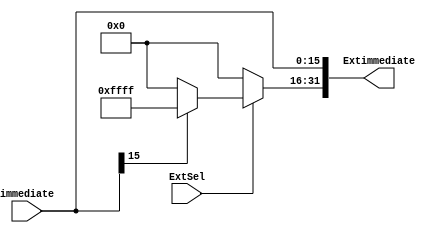
`timescale 1ns / 1ps
module SignExt(
	immediate,
	ExtSel,
	Extimmediate
);

input wire[15:0] immediate;
input ExtSel;

output [31:0] Extimmediate;

always@(Extimmediate)
begin
	
end

assign Extimmediate[15:0] = immediate;
assign Extimmediate[31:16] = ExtSel ? (immediate[15] ? 16'hffff : 16'h0000) : 16'h0000;

endmodule